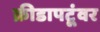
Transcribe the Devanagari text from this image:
क्रीडापटूंवर